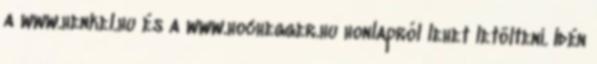
a www.henkel.hu és a www.hochegger.hu honlapról lehet letölteni. Idén